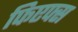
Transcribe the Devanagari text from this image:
फिएफ्स